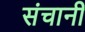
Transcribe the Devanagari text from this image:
संचानी